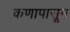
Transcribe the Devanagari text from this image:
कणापासून